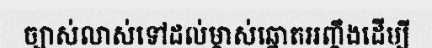
ច្បាស់លាស់ទៅដល់ម្ចាស់ឆ្នោតអញ្ចឹងដើម្បី